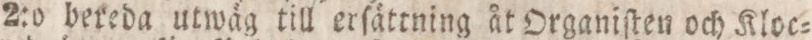
2:o bereda utwäg till erſättning åt Organiſten och Kloc=